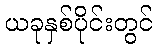
ယခုနှစ်ပိုင်းတွင်